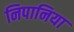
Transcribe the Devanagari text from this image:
निपानिया